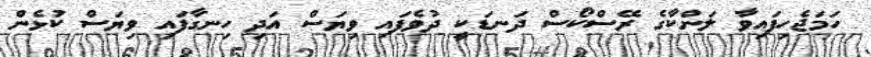
ހަމަޖެހިފައިވާ ލަންކާގެ ރޭސްކޯސް ދަނޑަކީ ދުވެފައި ވިޔަސް އަދި ހިނގާފައި ވިޔަސް ކުޅެން